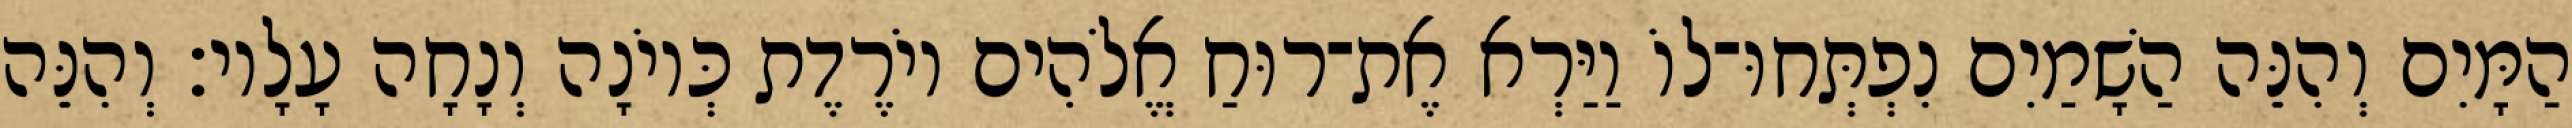
הַמָּיִם וְהִנֵּה הַשָׁמַיִם נִפְתְּחוּ־לוֹ וַיַּרְא אֶת־רוּחַ אֱלֹהִים יוֹרֶדֶת כְּיוֹנָה וְנָחָה עָלָיו׃ וְהִנֵּה